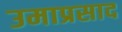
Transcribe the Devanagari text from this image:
उमाप्रसाद